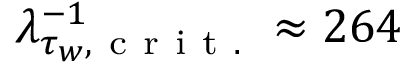
\lambda _ { \tau _ { w } , \mathrm { ~ c ~ r ~ i ~ t ~ . ~ } } ^ { - 1 } \approx 2 6 4